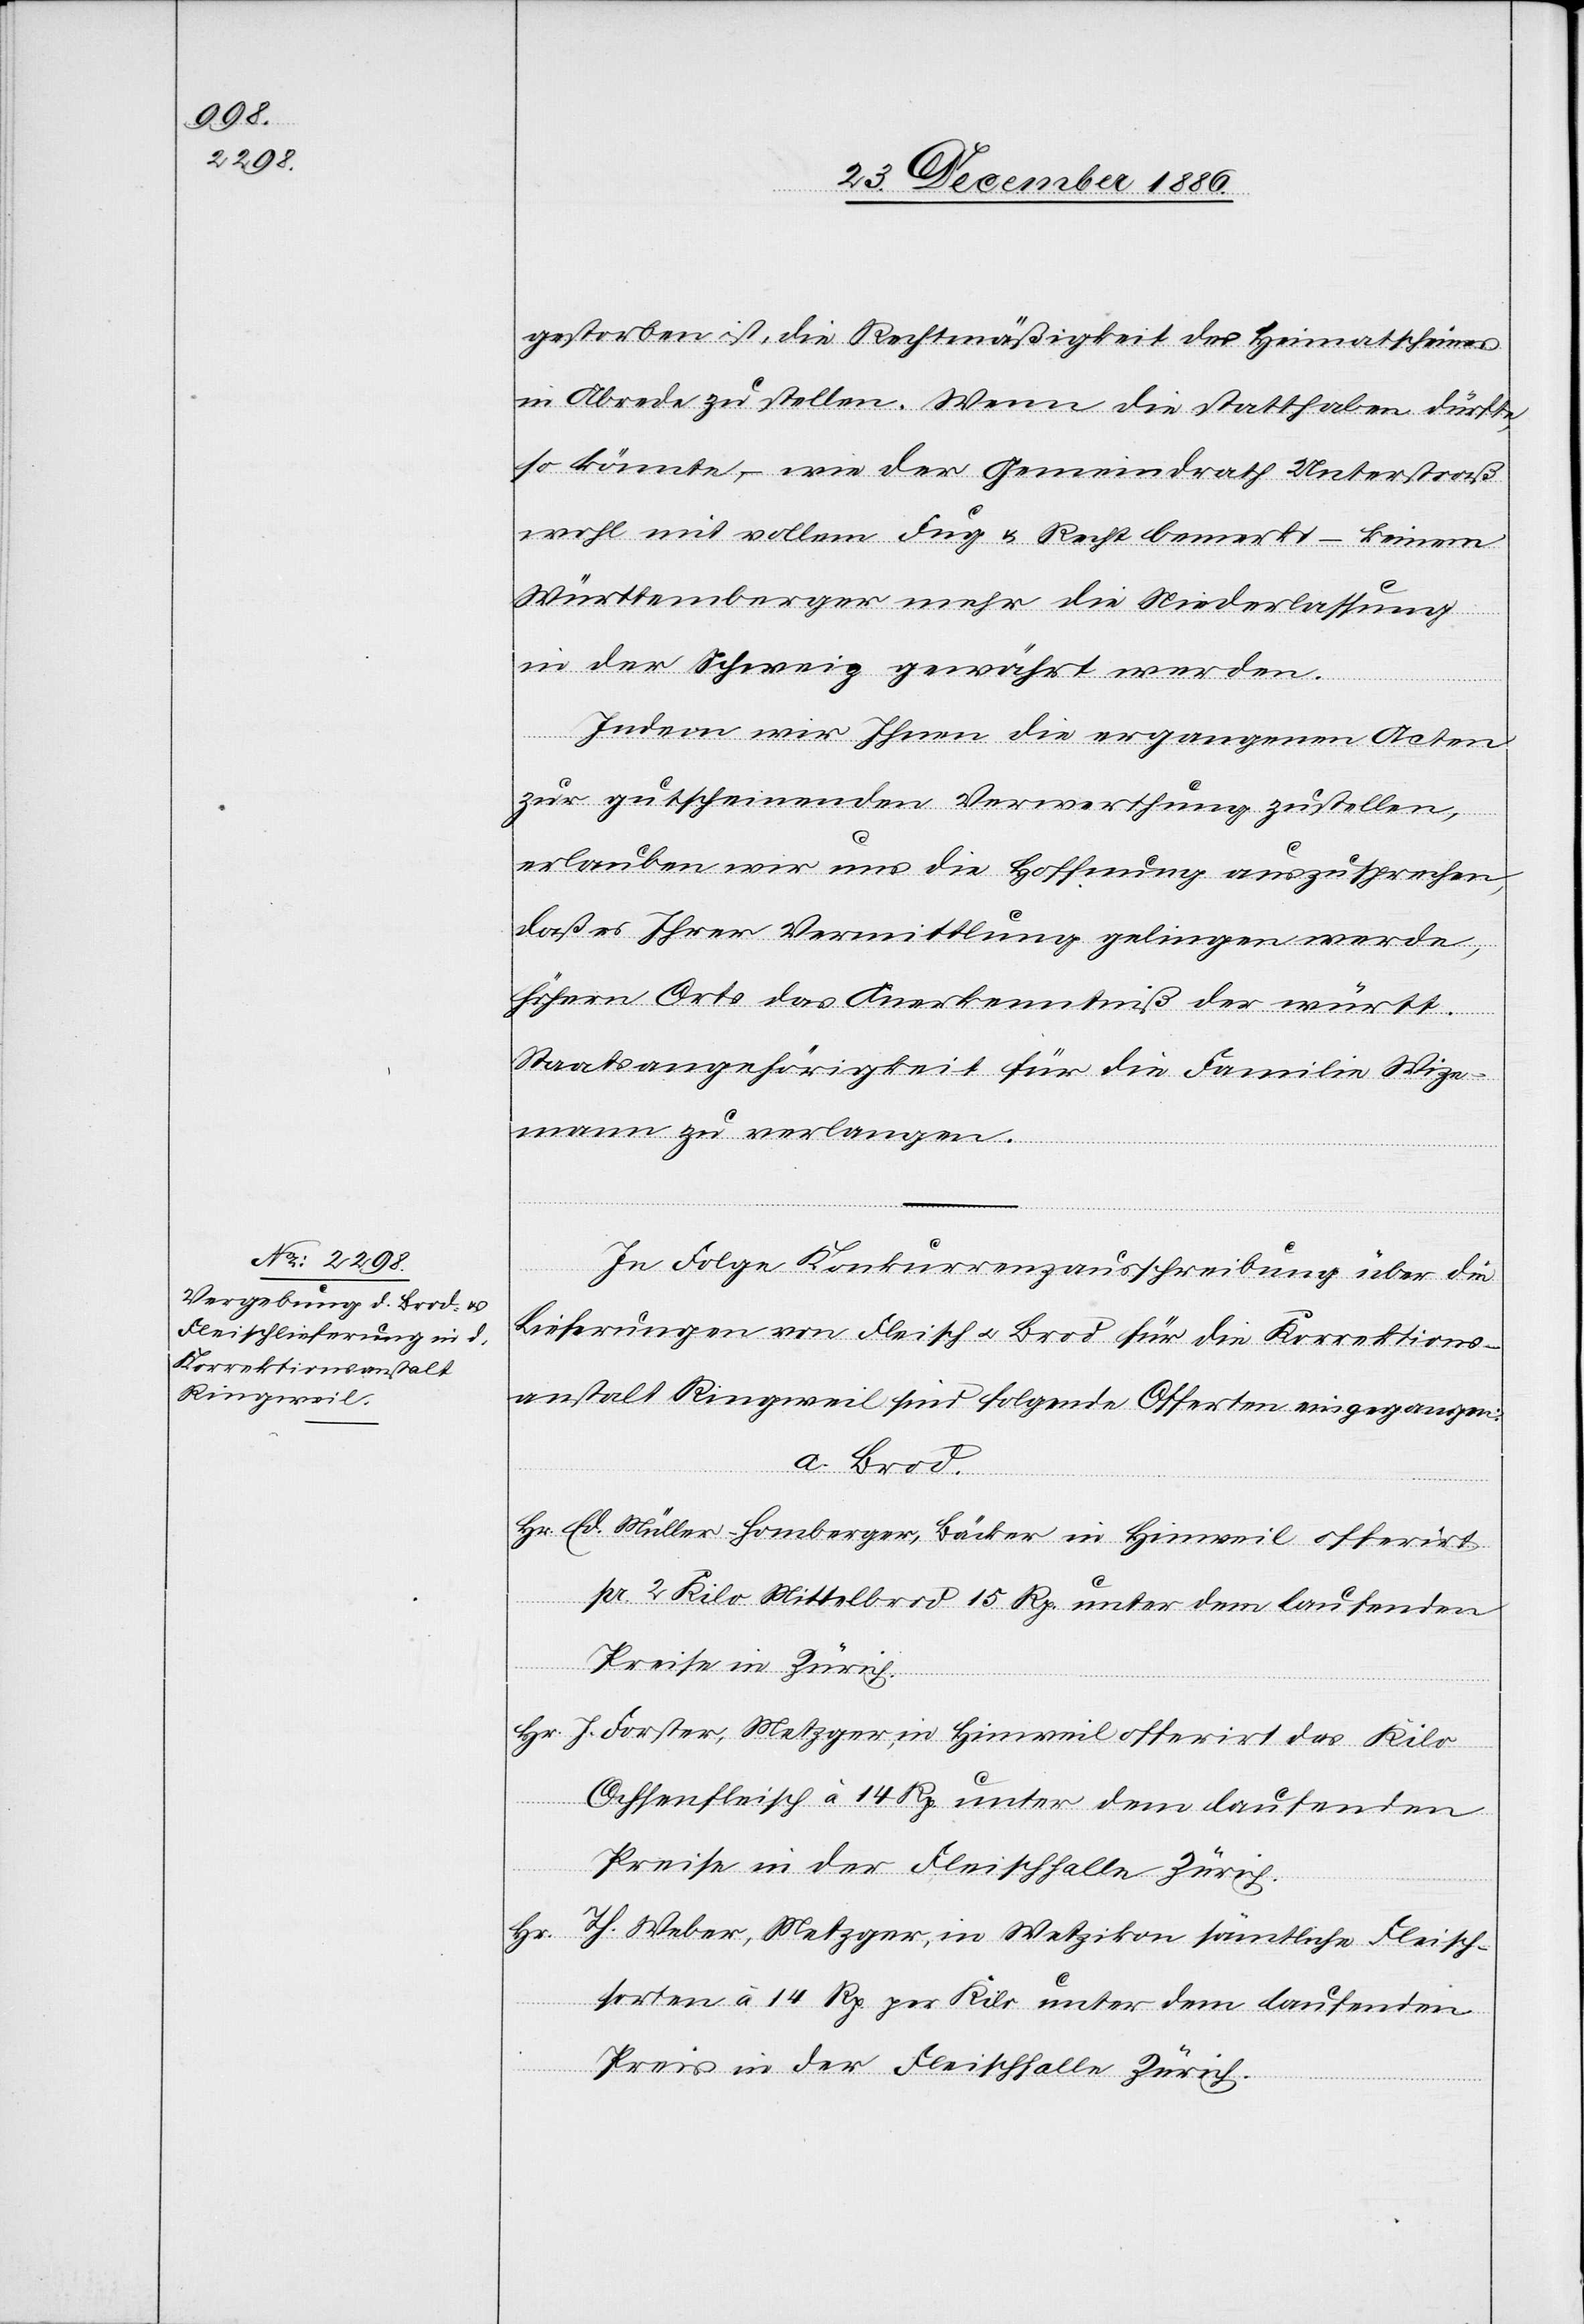
gestorben ist, die Rechtmäßigkeit des Heimatscheines
in Abrede zu stellen. Wenn die statthaben dürfte,
so könnte, – wie der Gemeindrath Unterstraß
wohl mit vollem Fug & Recht bemerkt – keinem
Württemberger mehr die Niederlassung
in der Schweiz gewährt werden.
Indem wir Ihnen die ergangenen Acten
zur gutscheinenden Verwerthung zustellen,
erlauben wir uns die Hoffnung auszusprechen,
daß es Ihrer Vermittlung gelingen werde,
höhern Orts das Anerkenntniß der württ.
Staatsangehörigkeit für die Familie Wize¬
mann zu verlangen.
In Folge Konkurrenzausschreibung über die
Lieferungen von Fleisch & Brod für die Korrektions¬
anstalt Ringweil sind folgende Offerten eingegangen:
a. Brod.
Hr. Ed. Müller-Homberger, Bäcker in Hinweil offerirt
pr. 2 Kilo Mittelbrod 15 Rp. unter dem laufenden
Preise in Zürich.
Hr.
J. Forster, Metzger, in Hinweil offerirt das Kilo
Ochsenfleisch à 14 Rp. unter dem laufenden
Preise in der Fleischhalle Zürich.
Hr.
Th. Weber, Metzger, in Wetzikon sämtliche Fleisch¬
sorten à 14 Rp. per Kilo unter dem laufenden
Preis in der Fleischhalle Zürich.